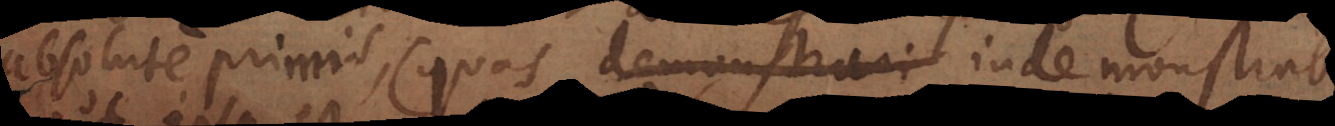
absolute primis (quas demonstrari indemonstrabil